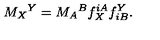
M _ { X } { } ^ { Y } = M _ { A } { } ^ { B } f _ { X } ^ { i A } f _ { i B } ^ { Y } .